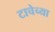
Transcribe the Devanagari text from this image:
टाचेच्या